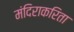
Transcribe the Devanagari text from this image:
मंदिराकरिता